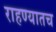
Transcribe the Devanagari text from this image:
राहण्यातच